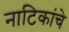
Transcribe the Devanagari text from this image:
नाटिकांचे